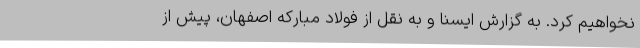
نخواهیم کرد. به گزارش ایسنا و به نقل از فولاد مبارکه اصفهان، پیش از